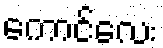
ကောင်လေး